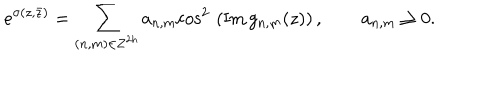
e ^ { \sigma ( z , \bar { z } ) } = \sum _ { ( { n , m } ) \in { \bf Z } ^ { 2 h } } a _ { n , m } \mathrm { c o s } ^ { 2 } \, \left( \mathrm { I m } \, g _ { n , m } ( z ) \right) , \qquad a _ { n , m } \ge 0 .